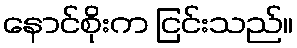
နောင်စိုးက ငြင်းသည်။